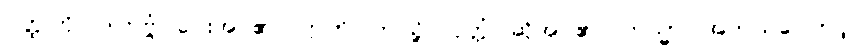
ဝတ္ထုကို။ ဒါတဗ္ဗံ၊ ပေးအပ်၏။ ဣတိ၊ ဤသို့။ ဝုတ္တံ၊ ဆိုအပ်၏။ ကသ္မာ၊ အဘယ်ကြောင့်။